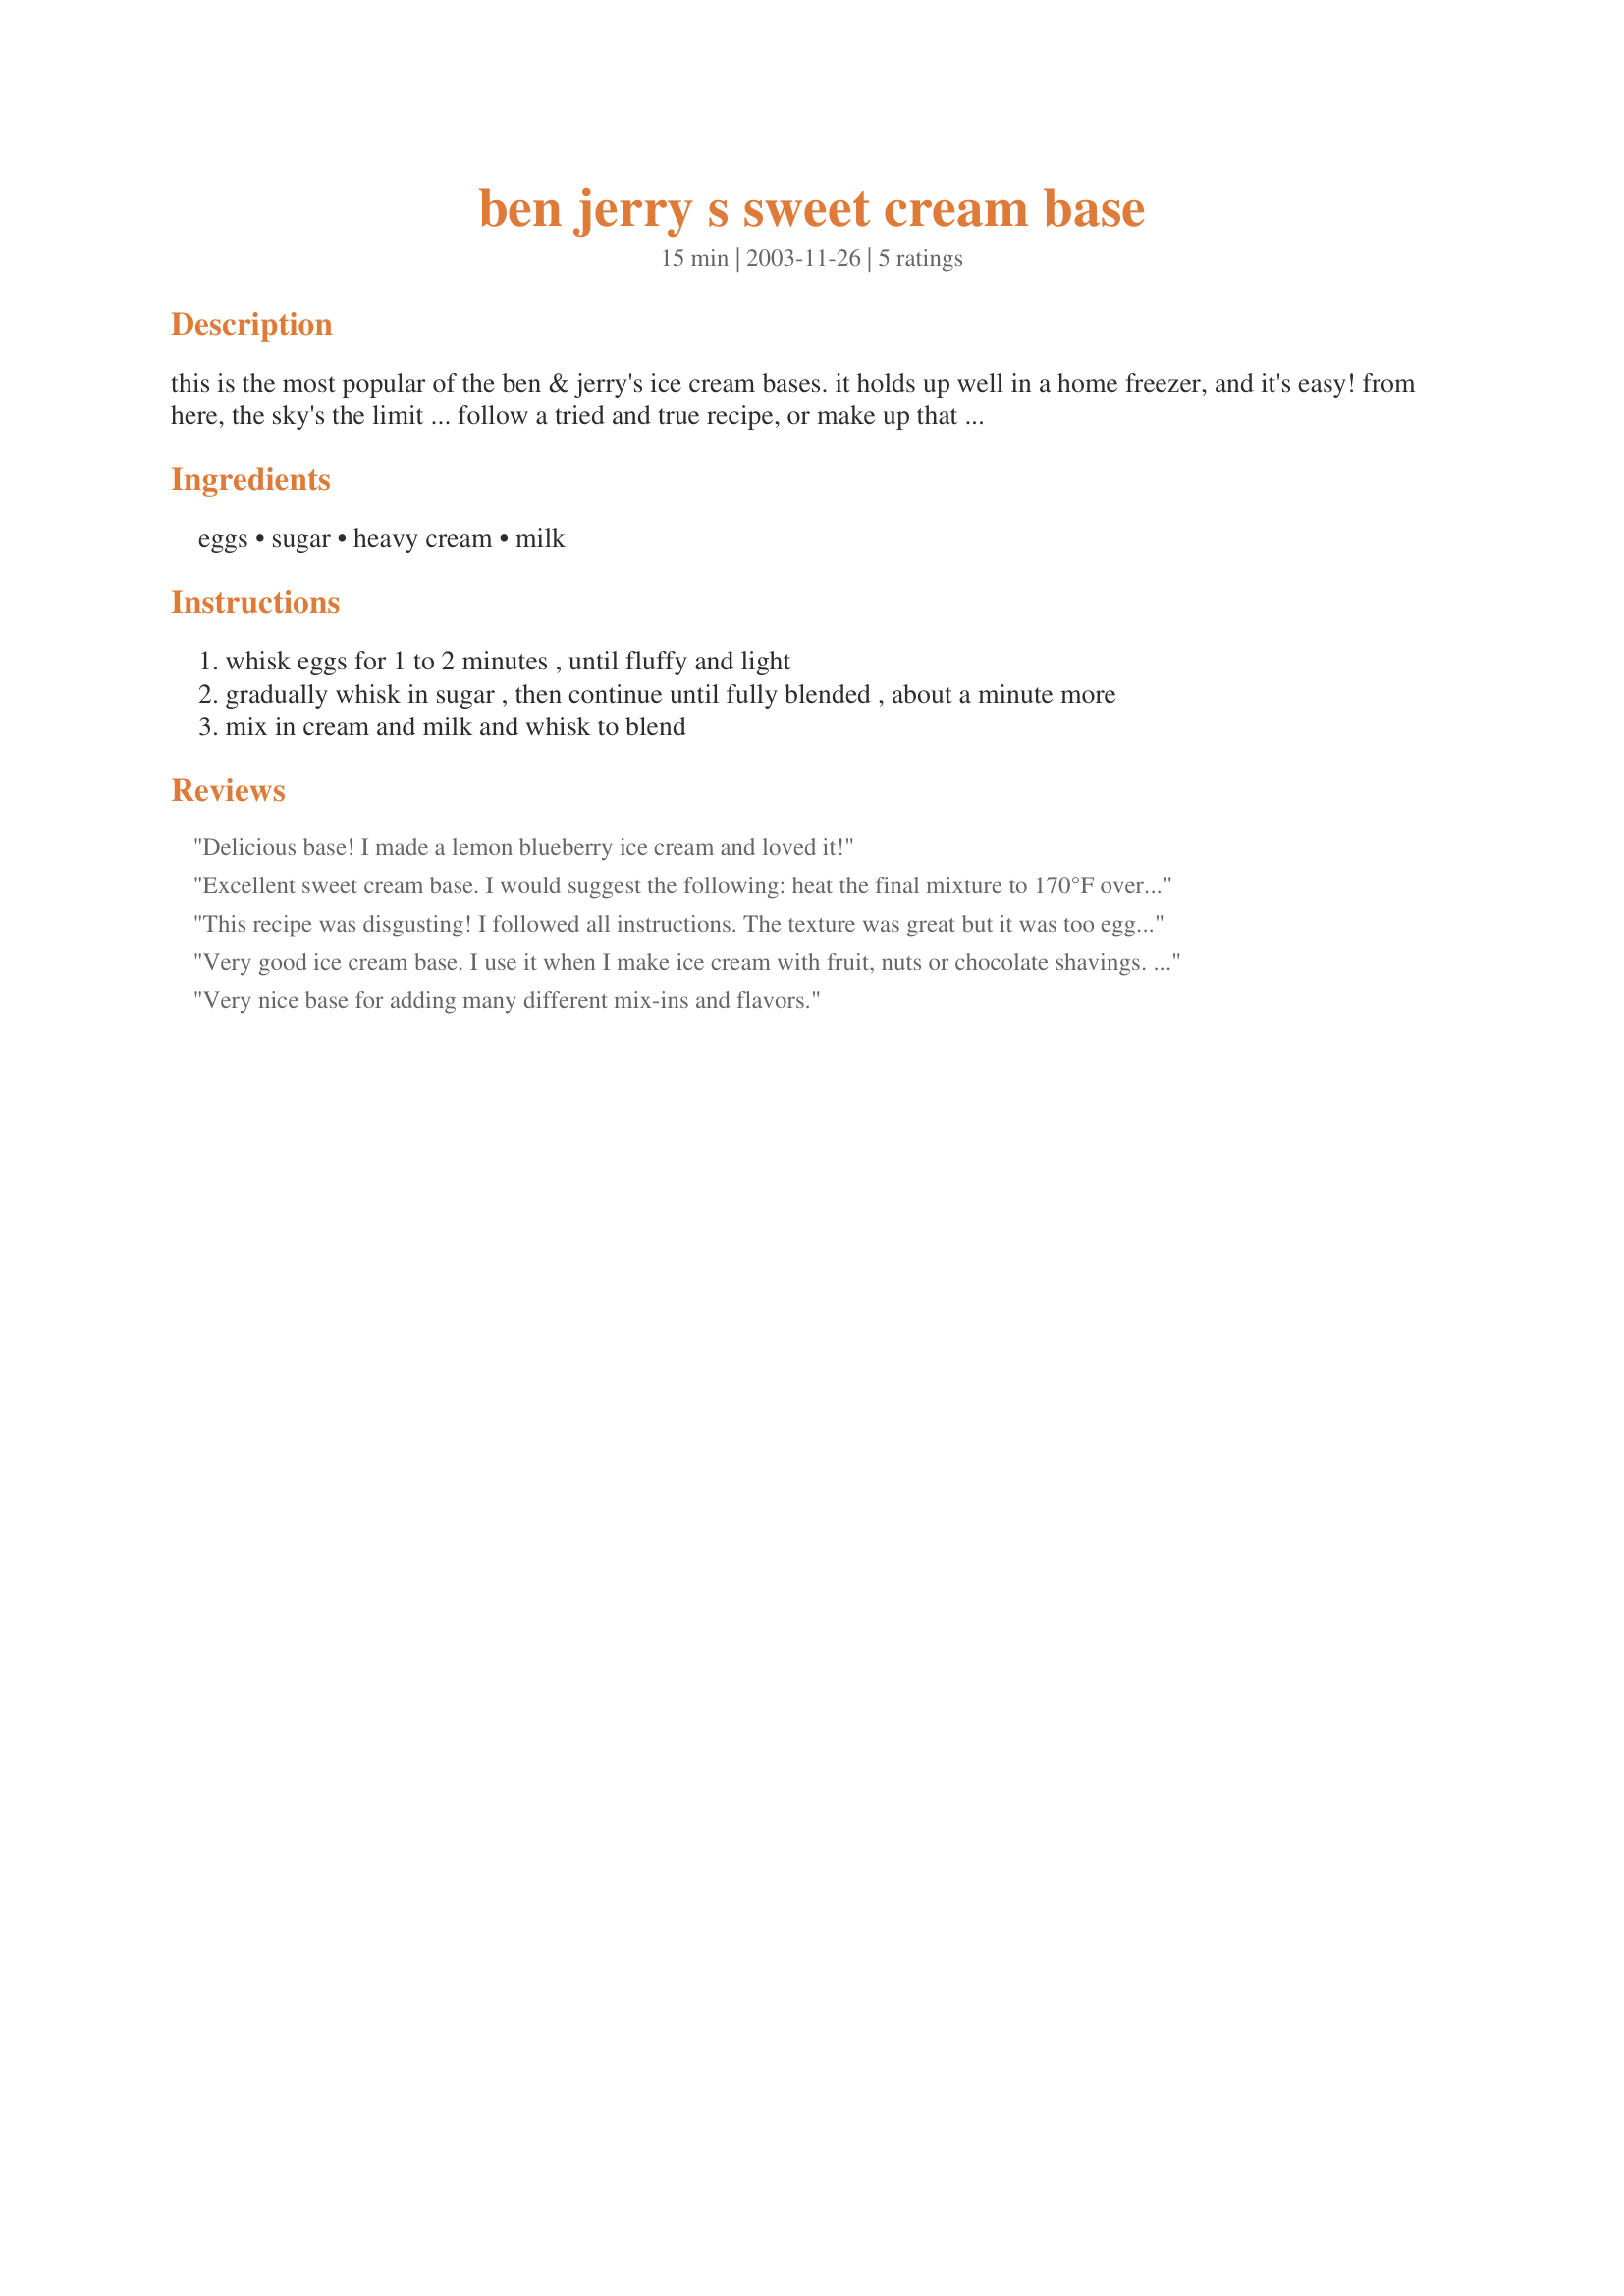
ben jerry s sweet cream base
Preparation time: 15 minutes

this is the most popular of the ben & jerry's ice cream bases. it holds up well in a home freezer, and it's easy! from here, the sky's the limit ... follow a tried and true recipe, or make up that fantasy flavor you've always dreamed of. this recipe is posted in response to a request ... hope it helps!

Ingredients:
eggs, sugar, heavy cream, milk

Steps:
whisk eggs for 1 to 2 minutes , until fluffy and light
gradually whisk in sugar , then continue until fully blended , about a minute more
mix in cream and milk and whisk to blend

Reviews:
Delicious base! I made a lemon blueberry ice cream and loved it!
Excellent sweet cream base. I would suggest the following: heat the final mixture to 170°F over a low flame, cool to room temperature, and refrigerate over night before churning. This isn't so much to cook the egg, which some people may be concerned over, but more to help develop some complex flavors in the base. Uncooked, the base will have a very flat tasting creamy finish; cooked, the base will have a sweeter carmel like flavor at the finish. Just adds some depth.
This recipe was disgusting! I followed all instructions. The texture was great but it was too eggy. I cooked the cream/milk first then added that to whipped up eggs/sugar. I don&#039;t know if the cooking did it but it was way too eggy with 2 eggs.
Very good ice cream base. I use it when I make ice cream with fruit, nuts or chocolate shavings. It makes a very subtle, neutral background.
Very nice base for adding many different mix-ins and flavors.
